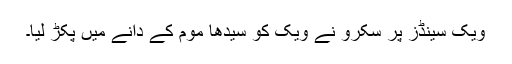
ویک سینڈز پر سکرو نے ویک کو سیدھا موم کے دانے میں پکڑ لیا۔